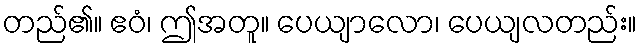
တည်၏။ ဧဝံ၊ ဤအတူ။ ပေယျာလော၊ ပေယျလတည်း။